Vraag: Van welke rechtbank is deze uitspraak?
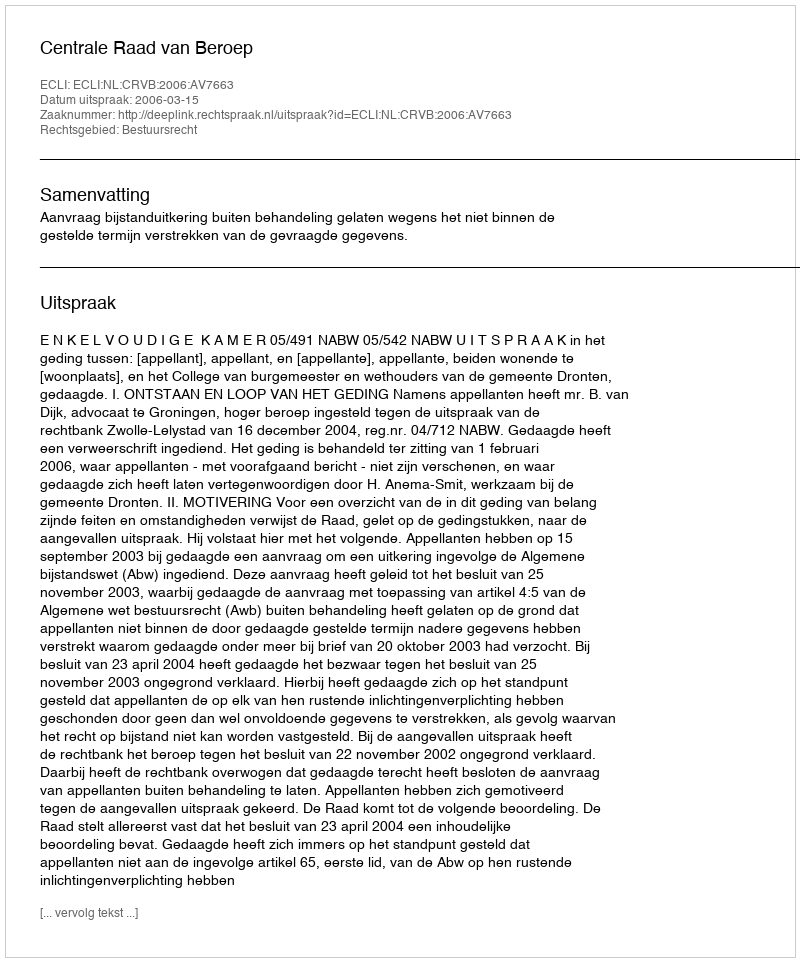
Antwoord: Centrale Raad van Beroep